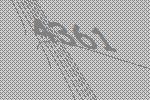
4361